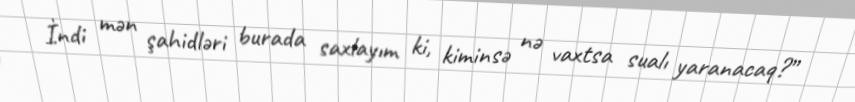
İndi mən şahidləri burada saxlayım ki, kiminsə nə vaxtsa sualı yaranacaq?”